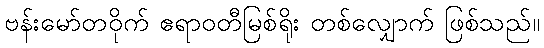
ဗန်းမော်တဝိုက် ဧရာဝတီမြစ်ရိုး တစ်လျှောက် ဖြစ်သည်။